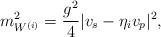
LaTeX: \begin{align*}m^{2}_{W^{(i)}} = \frac{g^{2}}{4} |v_{s} - \eta_{i} v_{p} |^{2},\end{align*}